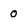
Character: 0